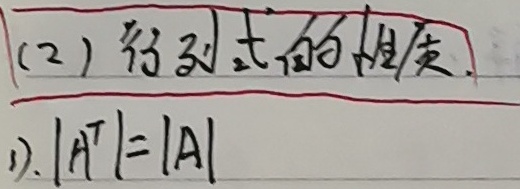
(2) 行列式的性质：
1). \(\vert A^{T}\vert=\vert A\vert\)